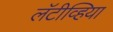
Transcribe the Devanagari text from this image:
लॅटीव्हिया